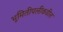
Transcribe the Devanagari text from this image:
भूमितीपलीकडील